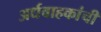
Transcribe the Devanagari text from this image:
अर्धवाहकांची